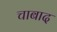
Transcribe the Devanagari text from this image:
चाबाद